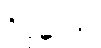
ဝိပုလော